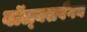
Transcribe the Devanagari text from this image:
वॉल्क्सवैगन